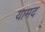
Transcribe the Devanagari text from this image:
यामद